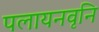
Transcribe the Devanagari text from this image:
पलायनवृनि